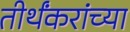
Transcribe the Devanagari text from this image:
तीर्थंकरांच्या